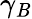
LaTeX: \gamma_{\mathit{B}}